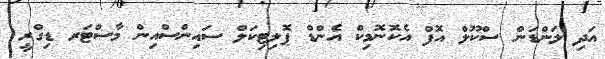
އަދި ލަންޑަން ސްކޫލް އޮފް އެކޮނޮމިކް އެންޑް ޕޮލިޓިކަލް ސައިންސްއިން މާސްޓަރ ޑިގްރީ